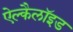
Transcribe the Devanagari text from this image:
ऐल्कैलॉइड